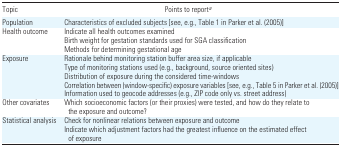
| Topic | Points to reporta |
 | --- | --- |
 | Population | Characteristics of excluded subjects [see, e.g., Table 1 in Parker et al. (2005)] |
 | Health outcome | Indicate all health outcomes examined |
 |  | Birth weight for gestation standards used for SGA classification |
 |  | Methods for determining gestational age |
 | Exposure | Rationale behind monitoring station buffer area size, if applicable |
 |  | Type of monitoring stations used (e.g., background, source oriented sites) |
 |  | Distribution of exposure during the considered time-windows |
 |  | Correlation between (window-specific) exposure variables [see, e.g., Table 5 in Parker et al. (2005)] |
 |  | Information used to geocode addresses (e.g., ZIP code only vs. street address) |
 | Other covariates | Which socioeconomic factors (or their proxies) were tested, and how do they relate to the exposure and outcome? |
 | Statistical analysis | Check for nonlinear relations between exposure and outcome |
 |  | Indicate which adjustment factors had the greatest influence on the estimated effect of exposure |